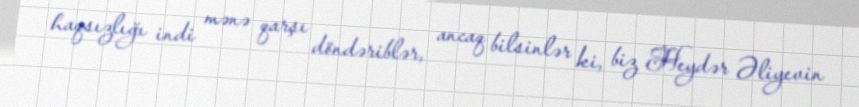
haqsızlığı indi mənə qarşı döndəriblər, ancaq bilsinlər ki, biz Heydər Əliyevin